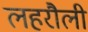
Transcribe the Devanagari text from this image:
लहरौली